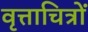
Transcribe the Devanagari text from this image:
वृत्ताचित्रों